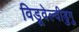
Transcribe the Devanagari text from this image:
विडूवेल्वीडुगु